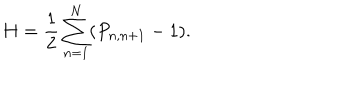
LaTeX: H = \frac { 1 } { 2 } \sum _ { n = 1 } ^ { N } ( P _ { n , n + 1 } - 1 ) .